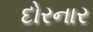
દોરનાર